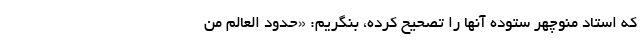
که استاد منوچهر ستوده آنها را تصحیح کرده، بنگریم: «حدود العالم مِنَ